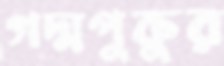
গদ্মপুকুর